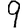
Digit: 9